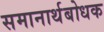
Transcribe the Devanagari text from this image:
समानार्थबोधक